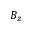
B _ { z }